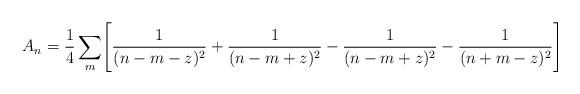
\begin{align*}A_n = {{1 \over 4} \sum _m} \Biggl [ {1 \over (n - m - z)^2} + {1 \over (n - m + z )^2} - {1 \over (n - m + z )^2} - {1 \over (n + m - z )^2 } \Biggr ]\end{align*}